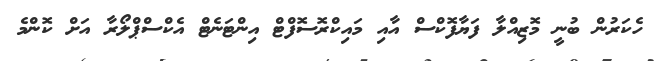
ހެކަރުން ބުނީ މޮޒިއްލާ ފަޔާފޮކްސް އާއި މައިކްރޮސޮފްޓް އިންޓަނެޓް އެކްސްޕްލޯރާ އަށް ކޮންމެ